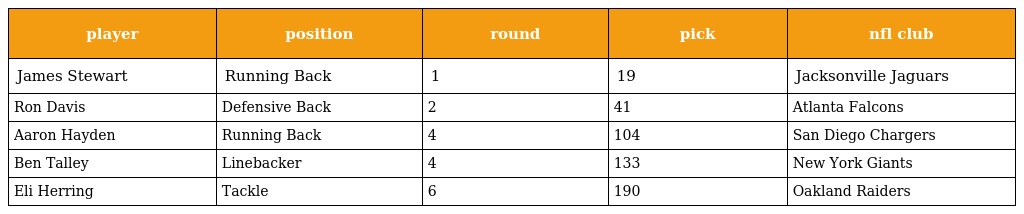
| player | position | round | pick | nfl club |
 | --- | --- | --- | --- | --- |
 | James Stewart | Running Back | 1 | 19 | Jacksonville Jaguars |
 | Ron Davis | Defensive Back | 2 | 41 | Atlanta Falcons |
 | Aaron Hayden | Running Back | 4 | 104 | San Diego Chargers |
 | Ben Talley | Linebacker | 4 | 133 | New York Giants |
 | Eli Herring | Tackle | 6 | 190 | Oakland Raiders |